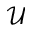
\mathcal { U }